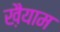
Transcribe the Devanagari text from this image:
ख़ैयाम